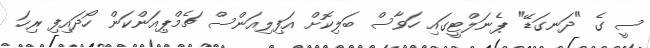
ސީ ގެ "ދަނގަޑޭ" ޕެނަލްޓީގައި ހަވާސް ބަލިކޮށް އަފިލިއަންސް ޗެމްޕިއަންކަން ހޯދައިފި ރިހަ